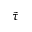
\tilde { \tau }